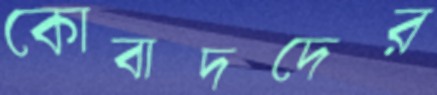
কোবাদদের